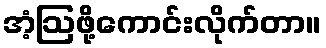
အံ့ဩဖို့ကောင်းလိုက်တာ။